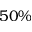
5 0 \%